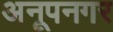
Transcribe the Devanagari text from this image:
अनूपनगर